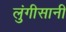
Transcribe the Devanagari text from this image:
लुंगीसानी